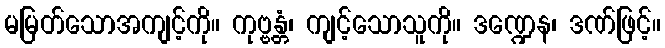
မမြတ်သောအကျင့်ကို။ ကုဗ္ဗန္တံ၊ ကျင့်သောသူကို။ ဒဏ္ဍေန၊ ဒဏ်ဖြင့်။